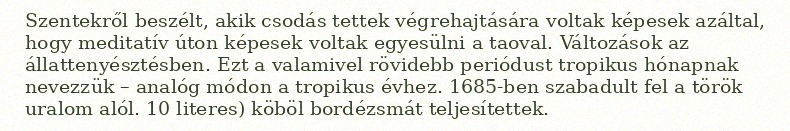
Szentekről beszélt, akik csodás tettek végrehajtására voltak képesek azáltal, hogy meditatív úton képesek voltak egyesülni a taoval. Változások az állattenyésztésben. Ezt a valamivel rövidebb periódust tropikus hónapnak nevezzük – analóg módon a tropikus évhez. 1685-ben szabadult fel a török uralom alól. 10 literes) köböl bordézsmát teljesítettek.